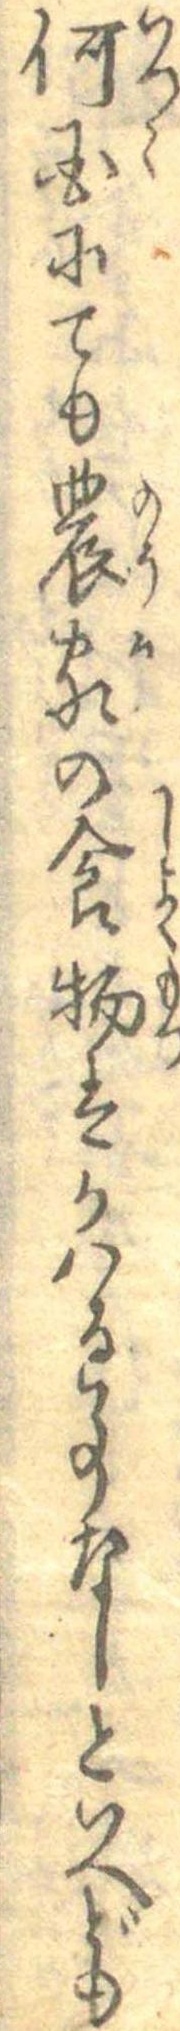
何国にても農家の食物はかはる事なしといへども